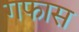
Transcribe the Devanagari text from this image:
गफास